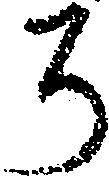
ち